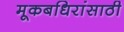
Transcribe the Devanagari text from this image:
मूकबधिरांसाठी